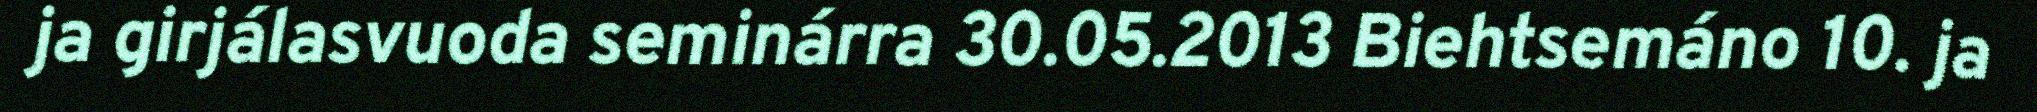
ja girjálasvuoda seminárra 30.05.2013 Biehtsemáno 10. ja